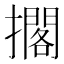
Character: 擱